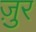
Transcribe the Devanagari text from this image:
ज़ुर